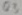
Text: Q3